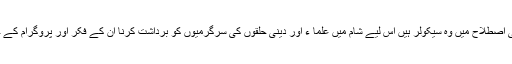
گویا سیاسی اصطلاح میں وہ سیکولر ہیں اس لیے شام میں علما ء اور دینی حلقوں کی سرگرمیوں کو برداشت کرنا ان کے فکر اور پروگرام کے خلاف ہے۔